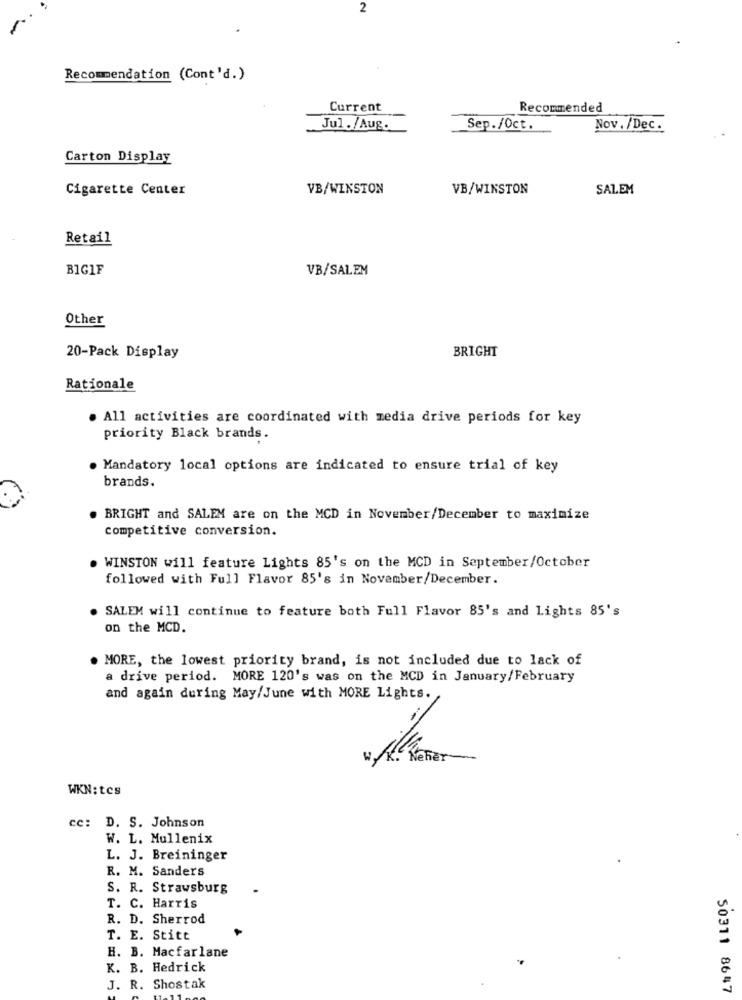
2
Recommendation (Cont'd.)
Current
Recommended
Jul./Aug.
Sep./Oct.
Nov./Dec.
Carton Display
Cigarette Center
VB/WINSTON
VB/WINSTON
SALEM
Retail
BIGIF
VB/SALEM
Other
BRIGHT
20-Pack Display
Rationale
. All activities are coordinated with media drive periods for key
priority Black brands.
Mandatory local options are indicated to ensure trial of key
brands.
. BRIGHT and SALEM are on the MCD in November/December to maximize
competitive conversion.
WINSTON will feature Lights 85's on the MCD in September/October
followed with Full Flavor 85's in November/December.
. SALEM will continue to feature both Full Flavor 85's and Lights 85's
on the MCD.
. MORE, the lowest priority brand, is not included due to lack of
a drive period. MORE 120's was on the MCD in January/February
and again during May/June with MORE Lights.
WKN: tcs
cc: D. S. Johnson
W. L. Mullenix
L. J. Breininger
R. M. Sanders
S. R. Strawsburg
T. C. Harris
R. D. Sherrod
T. E. Stitt
H. B. Macfarlane
K. B. Hedrick
J. R. Shostak
50311 8647